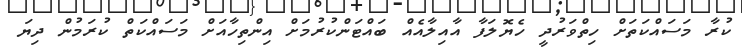
ކުރާ މަސައްކަތަށް ހިތްވަރުދީ ހެެޔޮލަފާ އާއިލާއެއް ބައްޓަންކުރުމަށް އިންތިހާއަށް މަސައްކަތް ކުރަމުން ދިޔަ